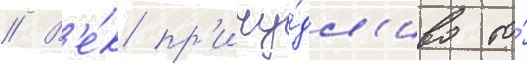
// В'е́к пр'ичу́дл'иво то́